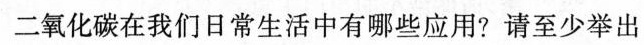
二氧化碳在我们日常生活中有哪些应用？请至少举出